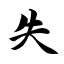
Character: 失